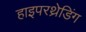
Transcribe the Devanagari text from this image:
हाइपरथ्रेडिंग